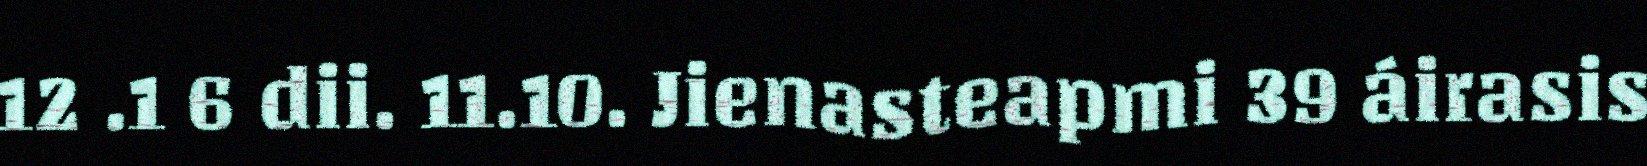
12 .1 6 dii. 11.10. Jienasteapmi 39 áirasis